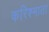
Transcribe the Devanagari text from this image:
करिश्माता